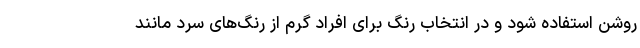
روشن استفاده شود و در انتخاب رنگ برای افراد گرم از رنگ‌های سرد مانند